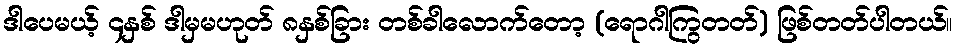
ဒါပေမယ့် ၄နှစ် ဒါမှမဟုတ် ၈နှစ်ခြား တစ်ခါလောက်တော့ (ရောဂါကြွတတ်) ဖြစ်တတ်ပါတယ်။